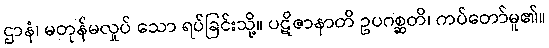
ဌာနံ၊ မတုန်မလှုပ် သော ရပ်ခြင်းသို့။ ပဋိဇာနာတိ ဥပဂစ္ဆတိ၊ ကပ်တော်မူ၏။